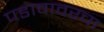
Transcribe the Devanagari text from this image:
पडावावरचा